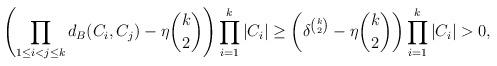
LaTeX: \begin{align*}\left( \prod_{1\leq i<j \leq k}d_B(C_i,C_j)-\eta \binom k2 \right) \prod_{i=1}^k |C_i|&\geq \left( \delta^{\binom k2}-\eta \binom k2 \right) \prod_{i=1}^k|C_i| >0,\end{align*}